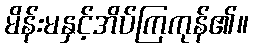
မိန်းမနှင့်အိပ်ကြကုန်၏။